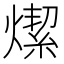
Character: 𤏦